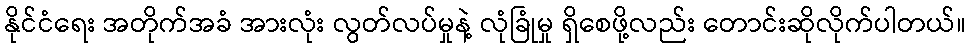
နိုင်ငံရေး အတိုက်အခံ အားလုံး လွတ်လပ်မှုနဲ့ လုံခြုံမှု ရှိစေဖို့လည်း တောင်းဆိုလိုက်ပါတယ်။